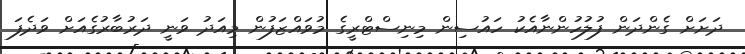
ދަށަށް ގެންދަން ފުލުހުންނާއެކު ހައުސިން މިނިސްޓްރީގެ މުވައްޒަފުން މިއަދު ވަނީ ދަރުބާރުގެއަށް ވަދެފަ